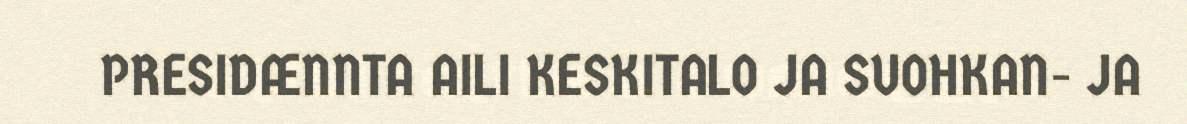
PRESIDÆNNTA AILI KESKITALO JA SUOHKAN- JA